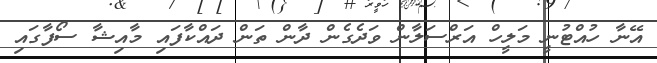
އޭނާ ހުއްޓުނީ މަލީހް އަރްސަލާން ވަދެގެން ދާން ތަން ދައްކާފައި މާއިޝާ ސޯފާގައި